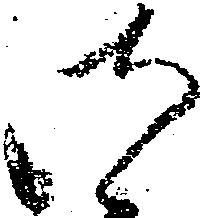
御